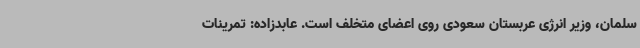
سلمان، وزیر انرژی عربستان سعودی روی اعضای متخلف است. عابدزاده: تمرینات